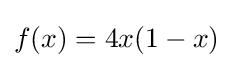
{\displaystyle f(x)=4x(1-x)}